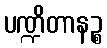
ပဏ္ဍိတာနဉ္စ